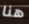
هنا